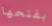
بفتحها